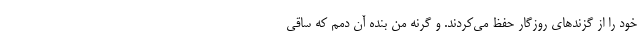
خود را از گزندهای روزگار حفظ می‌کردند. و گرنه من بنده آن دمم که ساقی